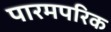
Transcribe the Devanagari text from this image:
पारमपरिक